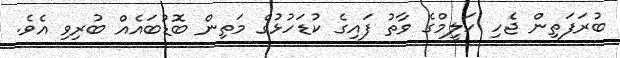
ބުރަފަތިން ޖެހި ހަލީމްގެ ވާތު ފައިގެ ކުޑަހުޅުގެ މަތިން ބޮޑުބައެއް ބުރިވި އެވެ.